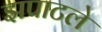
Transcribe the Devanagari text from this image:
झपाटले